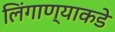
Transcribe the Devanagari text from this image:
लिंगाण्याकडे